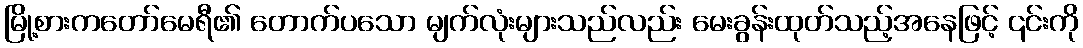
မြို့စားကတော်မေရီ၏ တောက်ပသော မျက်လုံးများသည်လည်း မေးခွန်းထုတ်သည့်အနေဖြင့် ၎င်းကို